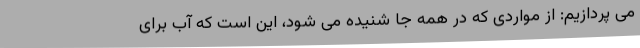
می پردازیم: از مواردی که در همه جا شنیده می شود، این است که آب برای